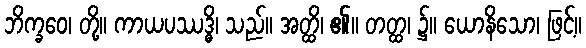
ဘိက္ခဝေ၊ တို့။ ကာယပဿဒ္ဓိ၊ သည်။ အတ္ထိ၊ ၏။ တတ္ထ၊ ၌။ ယောနိသော၊ ဖြင့်။